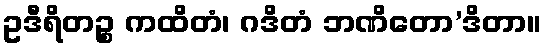
ဥဒီရိတဉ္စ ကထိတံ၊ ဂဒိတံ ဘဏိတော’ဒိတာ။